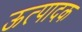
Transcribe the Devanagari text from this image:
ऊत्पादक